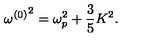
{ \omega ^ { ( 0 ) } } ^ { 2 } = \omega _ { p } ^ { 2 } + { \frac { 3 } { 5 } } K ^ { 2 } .